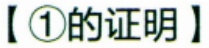
【\textcircled{1} 的证明】